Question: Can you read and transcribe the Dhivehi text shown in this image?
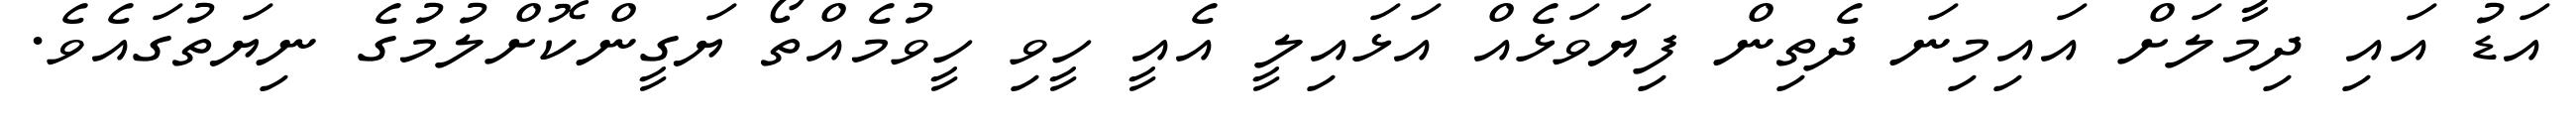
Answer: އަޑު އައި ދިމާލަށް އައިމިނަ ދެތިން ފިޔަވަޅެއް އަޅައިލީ އެއީ ހީވި ހީވުމެއްތޯ ޔަގީންކޮށްލުމުގެ ނިޔަތުގައެވެ.